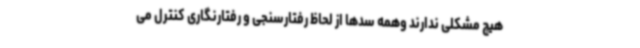
هیچ مشکلی ندارند وهمه سدها از لحاظ رفتارسنجی و رفتارنگاری کنترل می